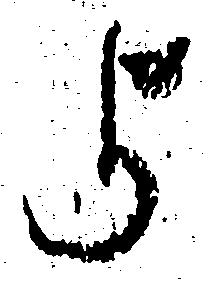
よ